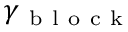
\gamma _ { \mathrm { ~ b ~ l ~ o ~ c ~ k ~ } }